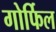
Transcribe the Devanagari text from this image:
गोर्फिल